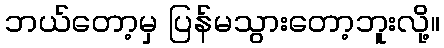
ဘယ်တော့မှ ပြန်မသွားတော့ဘူးလို့။